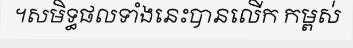
។សមិទ្ធផលទាំងនេះបានលើក កម្ពស់